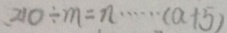
2 1 0 \div m = n \cdots ( a + 5 )